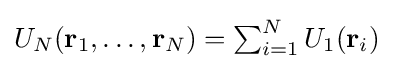
{\textstyle U_{N}(\mathbf {r} _{1},\dots ,\mathbf {r} _{N})=\sum _{i=1}^{N}U_{1}(\mathbf {r} _{i})}